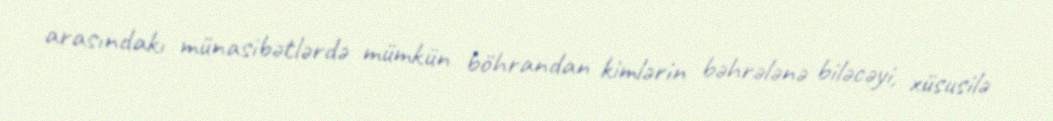
arasındakı münasibətlərdə mümkün böhrandan kimlərin bəhrələnə biləcəyi, xüsusilə